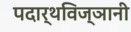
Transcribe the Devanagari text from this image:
पदार्थविज्ञानी